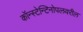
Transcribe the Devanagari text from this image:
कॉन्स्टेन्टिनोपलवरील